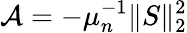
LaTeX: \mathcal{A}=-\mu_{n}^{-1}\| S\| _{2}^{2}